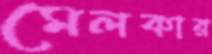
মেলকার